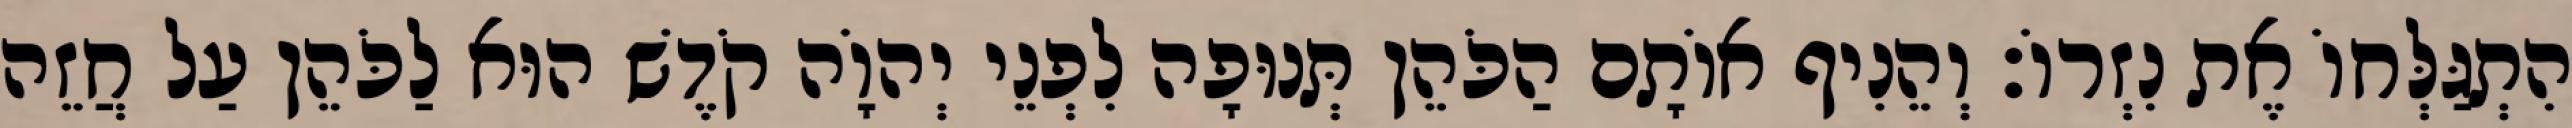
הִתְגַּלְּחוֹ אֶת נִזְרוֹ׃ וְהֵנִיף אוֹתָם הַכֹּהֵן תְּנוּפָה לִפְנֵי יְהוָֹה קֹדֶשׁ הוּא לַכֹּהֵן עַל חֲזֵה